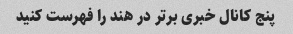
پنج کانال خبری برتر در هند را فهرست کنید